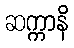
ဆက္ကာနိ